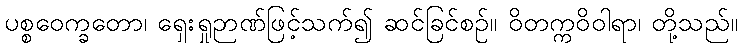
ပစ္စဝေက္ခတော၊ ရှေးရှုဉာဏ်ဖြင့်သက်၍ ဆင်ခြင်စဉ်။ ဝိတက္ကဝိဝါရာ၊ တို့သည်။